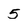
Character: 5